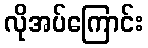
လိုအပ်ကြောင်း